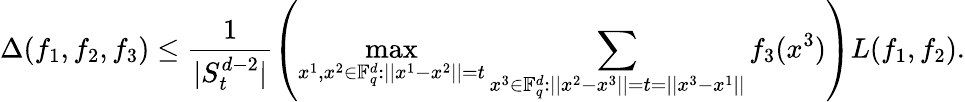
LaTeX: \Delta(f_{1},f_{2},f_{3})\le\frac{1}{|S_{t}^{d-2}|}\left(\operatorname*{max}_{x^{1},x^{2}\in\mathbb F_{q}^{d}:||x^{1}-x^{2}||=t}\sum_{x^{3}\in\mathbb F_{q}^{d}:||x^{2}-x^{3}||=t=||x^{3}-x^{1}||}f_{3}(x^{3})\right)L(f_{1},f_{2}).